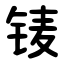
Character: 鿏